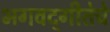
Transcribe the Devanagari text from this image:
भगवद्‌गीतेचे